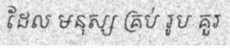
ដែល មនុស្ស គ្រប់ រូប គួរ